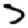
Digit: 3